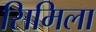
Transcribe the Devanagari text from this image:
सिमिला